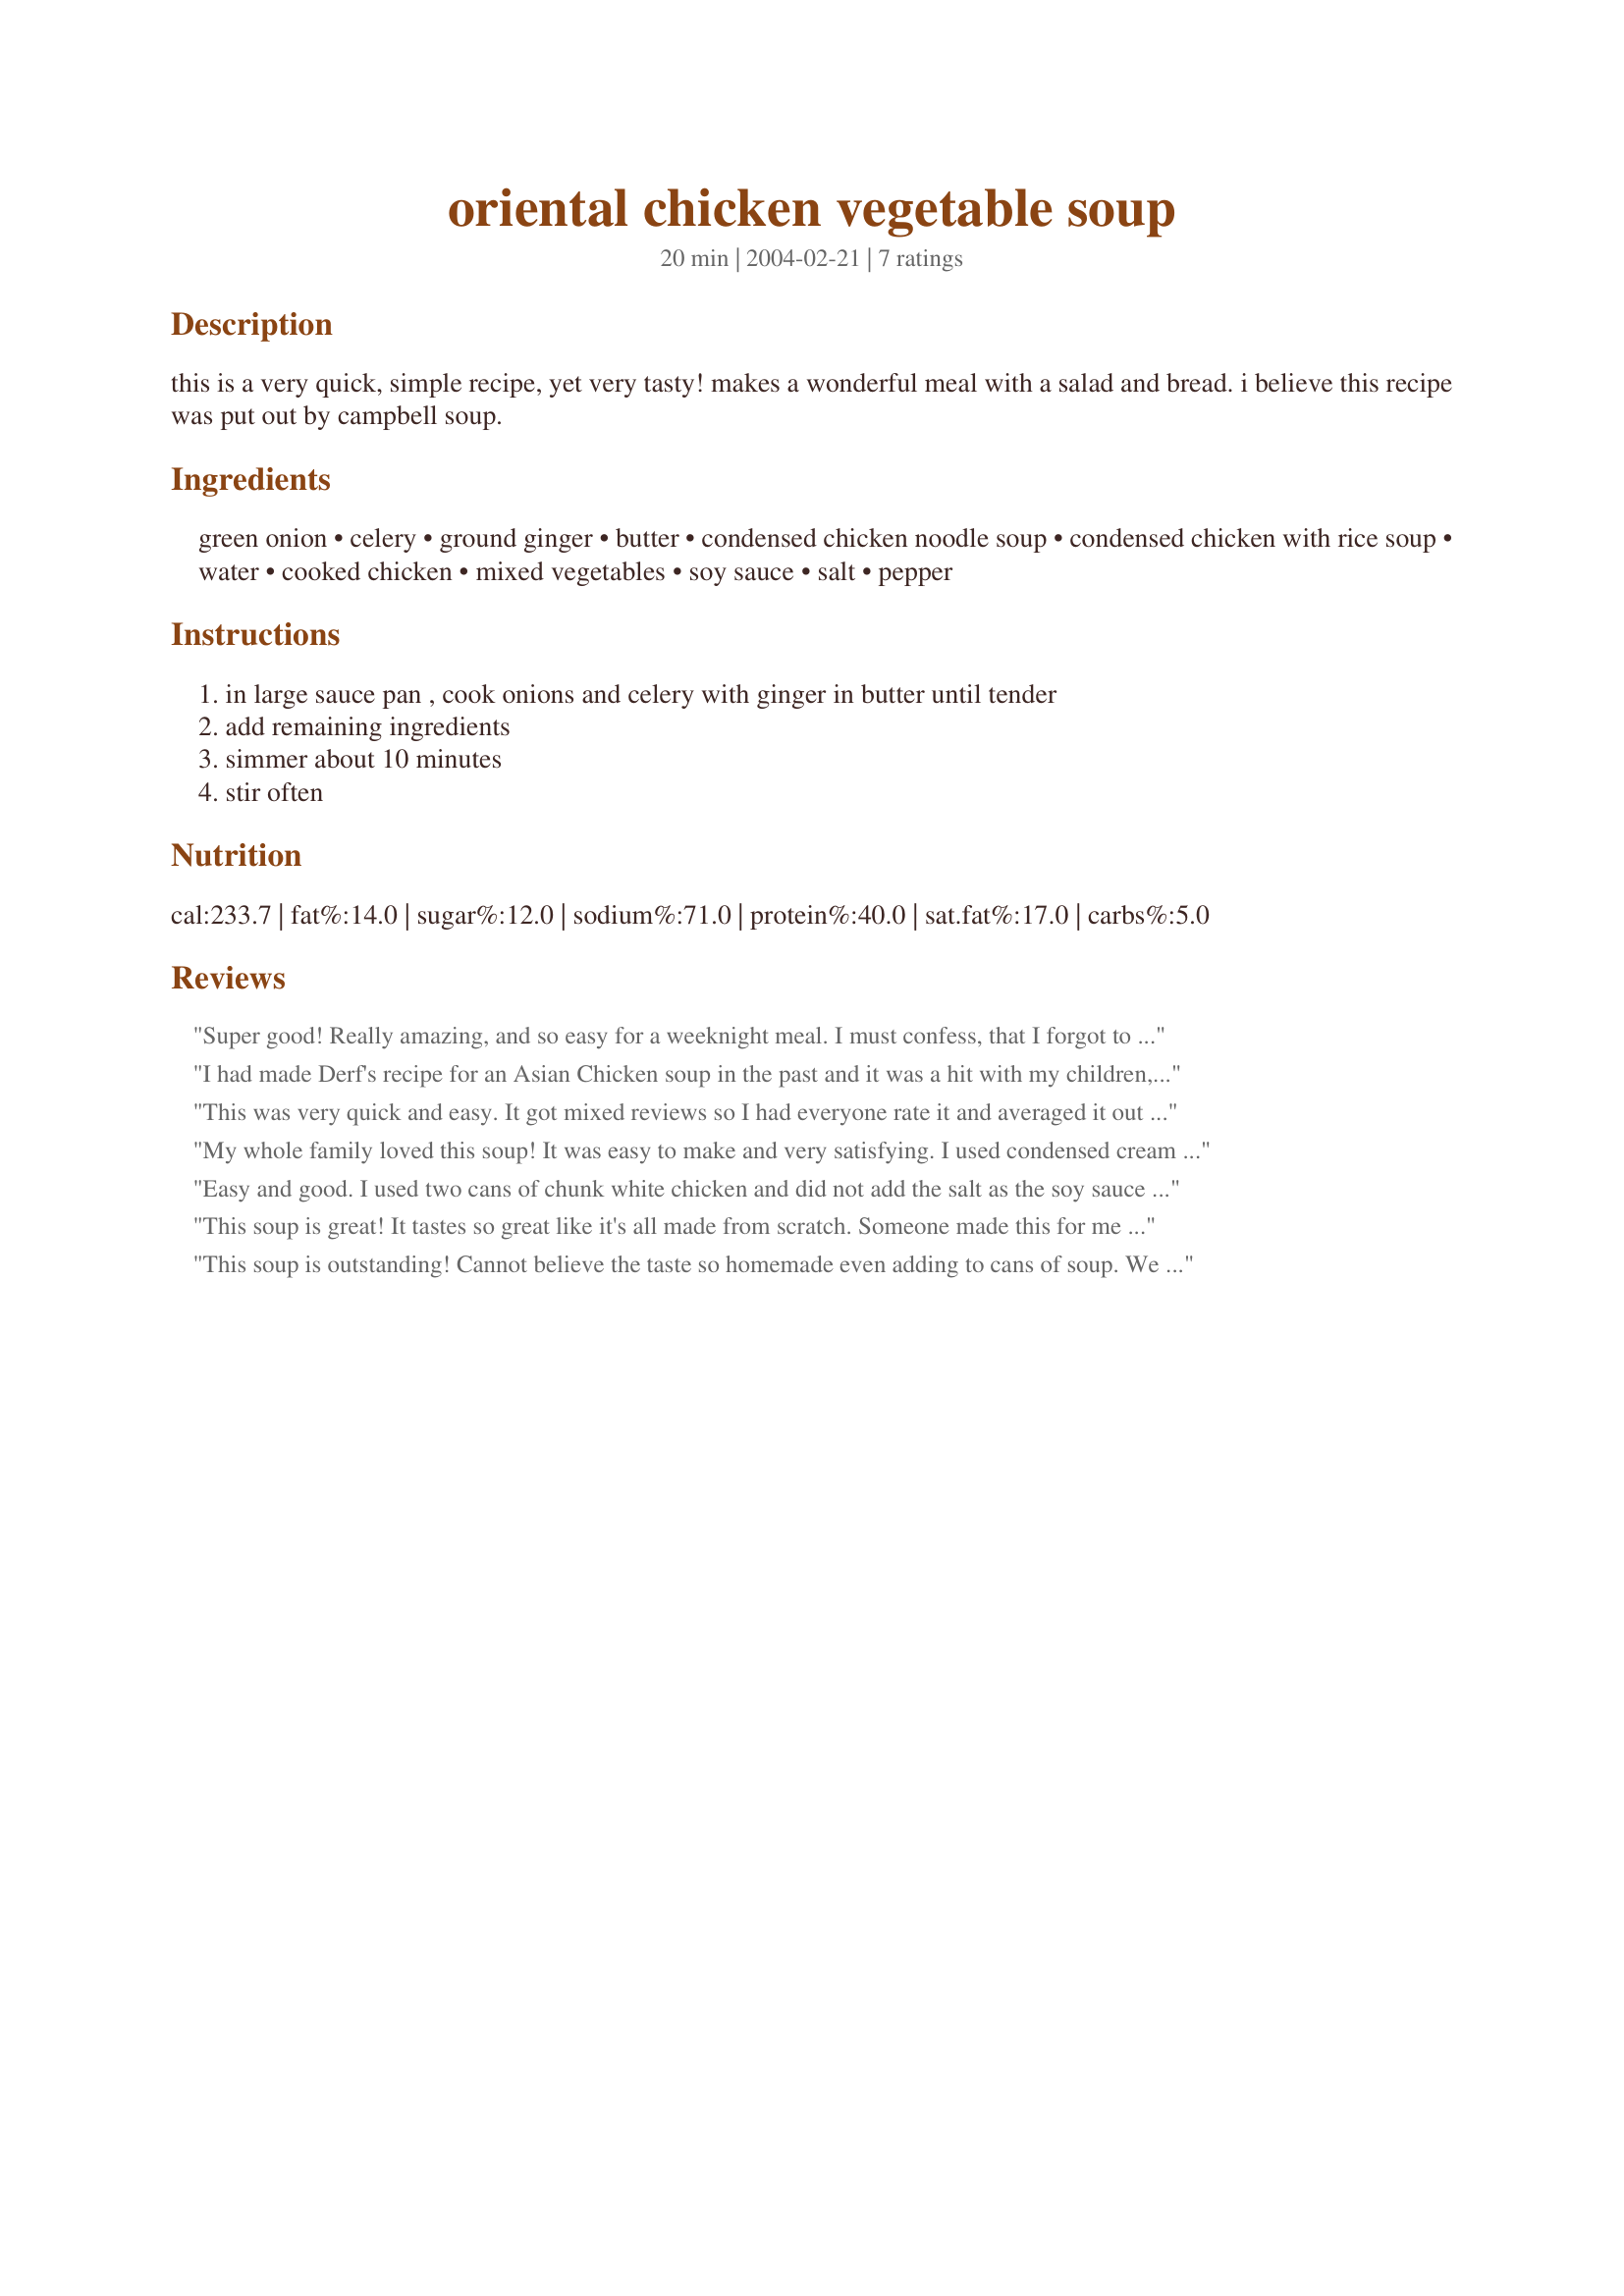
oriental chicken vegetable soup
Preparation time: 20 minutes

this is a very quick, simple recipe, yet very tasty! makes a wonderful meal with a salad and bread. i believe this recipe was put out by campbell soup.

Ingredients:
green onion, celery, ground ginger, butter, condensed chicken noodle soup, condensed chicken with rice soup, water, cooked chicken, mixed vegetables, soy sauce, salt, pepper

Steps:
in large sauce pan , cook onions and celery with ginger in butter until tender, add remaining ingredients, simmer about 10 minutes, stir often

Reviews:
Super good! Really amazing, and so easy for a weeknight meal. I must confess, that I forgot to add the frozen veggies, but it was still wonderful, the hubby had to helpings, and so did our 3 year old!...Super tasty.
I had made Derf's recipe for an Asian Chicken soup in the past and it was a hit with my children, so I knew the overall taste would be fine (ginger and soy sauce), Next time I would remove the mixed vegetables and the chicken 'n rice soup, and instead add another can of chicken noodle and snow peas.
This was very quick and easy. It got mixed reviews so I had everyone rate it and averaged it out to get the rating. Some didn't like the ginger/soy flavor in the broth. I will make this again and leave those out to make everyone happy. 

Bullwinkle
My whole family loved this soup! It was easy to make and very satisfying. I used condensed cream of chicken soup with rice and it worked great.Otherwise, followed the directions exactly, which is rare for me. Thanks so much for this recipe! ;)
Easy and good. I used two cans of chunk white chicken and did not add the salt as the soy sauce and condensed soups have plenty.
This soup is great! It tastes so great like it's all made from scratch. Someone made this for me when I was recovering at home from the birth of my child and it was just the right thing!
This soup is outstanding! Cannot believe the taste so homemade even adding to cans of soup. We all loved it here and will definitely be put in tomake again cookbook. Thanks Trisha W
